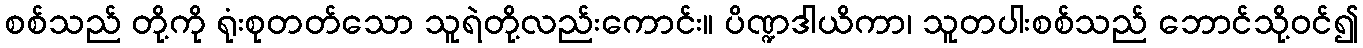
စစ်သည် တို့ကို ရုံးစုတတ်သော သူရဲတို့လည်းကောင်း။ ပိဏ္ဍဒါယိကာ၊ သူတပါးစစ်သည် ဘောင်သို့ဝင်၍